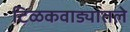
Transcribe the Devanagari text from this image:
टिळकवाड्यातले